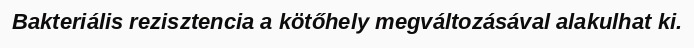
Bakteriális rezisztencia a kötőhely megváltozásával alakulhat ki.